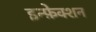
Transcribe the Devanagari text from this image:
इन्फ़ेक्शन